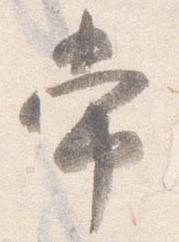
常